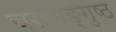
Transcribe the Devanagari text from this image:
चरणाङ्गुष्ठ